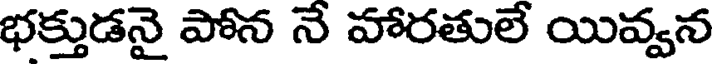
భక్తుడనై పోన నే హారతులే యివ్వన